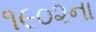
૧૯૦૨ના